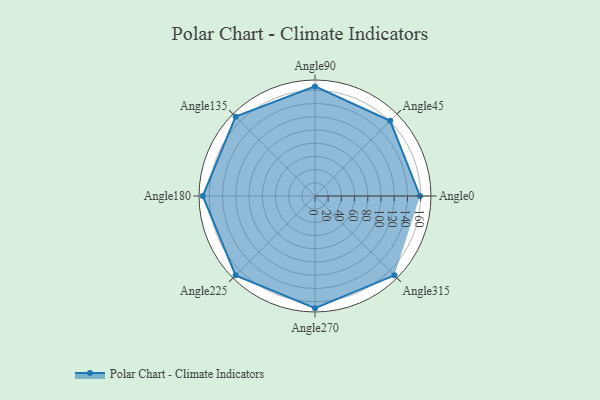
{"axis": {"x": "Angle", "y": "Radius"}, "legend": [""], "data": [{"x": "Angle0", "y": 159.0, "type": ""}, {"x": "Angle45", "y": 161.0, "type": ""}, {"x": "Angle90", "y": 166.0, "type": ""}, {"x": "Angle135", "y": 170, "type": ""}, {"x": "Angle180", "y": 170, "type": ""}, {"x": "Angle225", "y": 170, "type": ""}, {"x": "Angle270", "y": 170, "type": ""}, {"x": "Angle315", "y": 170, "type": ""}]}